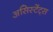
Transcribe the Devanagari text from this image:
असिस्टेंट्स